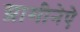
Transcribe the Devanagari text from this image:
ग्रामीनेऐ